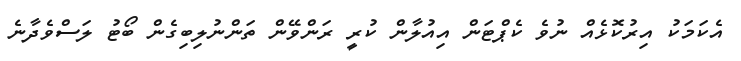
އެކަމަކު އިރުކޮޅެއް ނުވެ ކެޕްޓަން އިއުލާން ކުރީ ރަންވޭން ތަންނުލިބިގެން ބޯޓު ލަސްވެދާނެ